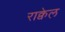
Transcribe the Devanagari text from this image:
राक्वेल